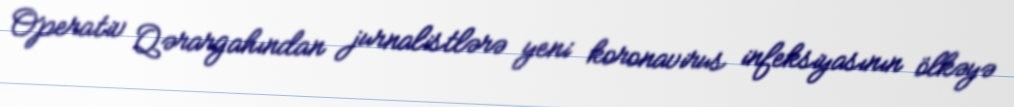
Operativ Qərargahından jurnalistlərə yeni koronavirus infeksiyasının ölkəyə